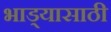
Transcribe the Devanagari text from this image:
भाड्यासाठी